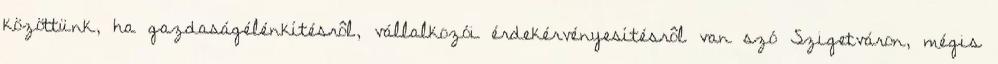
közöttünk, ha gazdaságélénkítésrôl, vállalkozói érdekérvényesítésrôl van szó Szigetváron, mégis